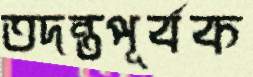
তদন্তপূর্বক